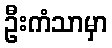
ဦးကံသာမှာ